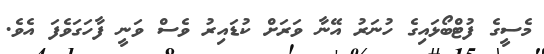
މެސީގެ ފުޓްބޯޅައިގެ ހުނަރު އޭނާ ވަރަށް ކުޑައިރު ވެސް ވަނީ ފާހަގަވެފަ އެވެ.